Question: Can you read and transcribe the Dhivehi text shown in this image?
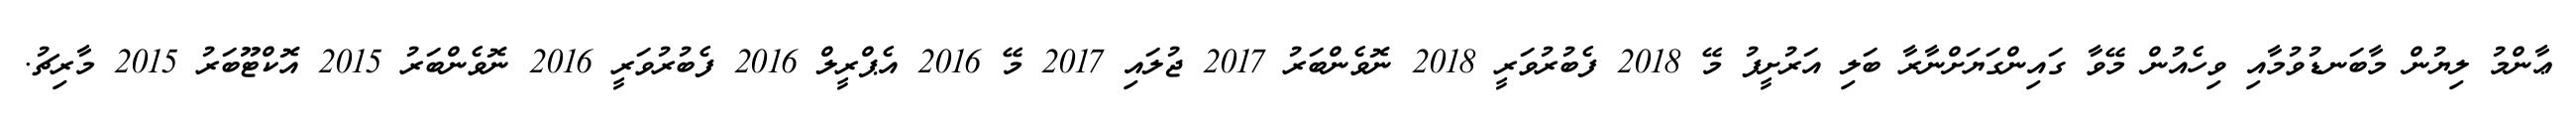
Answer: ޢާންމު ލިޔުން މާބަނޑުވުމާއި ވިހެއުން މޭވާ ގައިންގަޔަށްނާރާ ބަލި އަރުށީފު މޭ 2018 ފެބުރުވަރީ 2018 ނޮވެންބަރު 2017 ޖުލައި 2017 މޭ 2016 އެޕްރީލް 2016 ފެބުރުވަރީ 2016 ނޮވެންބަރު 2015 އޮކްޓޫބަރު 2015 މާރިޗު.